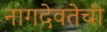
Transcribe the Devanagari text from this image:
नागदेवतेची